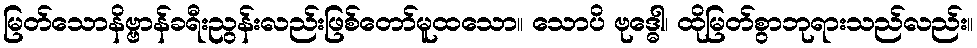
မြတ်သောနိဗ္ဗာန်ခရီးညွန်းလည်းဖြစ်တော်မူထသော။ သောပိ ဗုဒ္ဓေါ၊ ထိုမြတ်စွာဘုရားသည်လည်း။